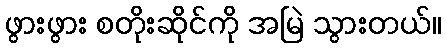
ဖွားဖွား စတိုးဆိုင်ကို အမြဲ သွားတယ်။